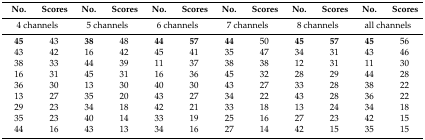
<table><thead><tr><td><b>No.</b></td><td><b>Scores</b></td><td><b>No.</b></td><td><b>Scores</b></td><td><b>No.</b></td><td><b>Scores</b></td><td><b>No.</b></td><td><b>Scores</b></td><td><b>No.</b></td><td><b>Scores</b></td><td><b>No.</b></td><td><b>Scores</b></td></tr></thead><tbody><tr><td colspan="2">4 channels</td><td colspan="2">5 channels</td><td colspan="2">6 channels</td><td colspan="2">7 channels</td><td colspan="2">8 channels</td><td colspan="2">all channels</td></tr><tr><td><b>45</b></td><td>43</td><td><b>38</b></td><td>48</td><td><b>44</b></td><td><b>57</b></td><td><b>44</b></td><td>50</td><td><b>45</b></td><td><b>57</b></td><td><b>45</b></td><td>56</td></tr><tr><td>43</td><td>42</td><td>16</td><td>42</td><td>45</td><td>41</td><td>35</td><td>47</td><td>34</td><td>31</td><td>43</td><td>46</td></tr><tr><td>38</td><td>33</td><td>44</td><td>39</td><td>11</td><td>37</td><td>38</td><td>38</td><td>12</td><td>31</td><td>11</td><td>30</td></tr><tr><td>16</td><td>31</td><td>45</td><td>31</td><td>16</td><td>36</td><td>45</td><td>32</td><td>28</td><td>29</td><td>44</td><td>28</td></tr><tr><td>36</td><td>30</td><td>13</td><td>30</td><td>40</td><td>30</td><td>43</td><td>27</td><td>33</td><td>28</td><td>38</td><td>22</td></tr><tr><td>13</td><td>27</td><td>35</td><td>20</td><td>43</td><td>27</td><td>34</td><td>22</td><td>43</td><td>28</td><td>36</td><td>22</td></tr><tr><td>29</td><td>23</td><td>34</td><td>18</td><td>42</td><td>21</td><td>33</td><td>18</td><td>13</td><td>24</td><td>34</td><td>18</td></tr><tr><td>35</td><td>23</td><td>40</td><td>14</td><td>33</td><td>19</td><td>25</td><td>16</td><td>27</td><td>23</td><td>42</td><td>15</td></tr><tr><td>44</td><td>16</td><td>43</td><td>13</td><td>34</td><td>16</td><td>27</td><td>14</td><td>42</td><td>15</td><td>35</td><td>15</td></tr></tbody></table>